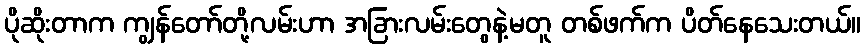
ပိုဆိုးတာက ကျွန်တော်တို့လမ်းဟာ အခြားလမ်းတွေနဲ့မတူ တစ်ဖက်က ပိတ်နေသေးတယ်။